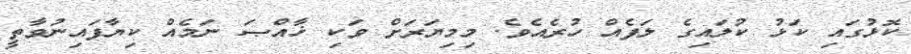
ކޮޅުގައި ކަޅު ކުލައިގެ ލަފެއް ހުރެއެވެ. މިމިޔަރަށް ވަކި ޚާއްޞަ ނަމެއް ކިޔާފައިނުވާތީ